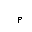
Letter: _mim